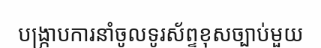
បង្ក្រាបការនាំចូលទូរស័ព្ទខុសច្បាប់មួយ